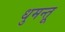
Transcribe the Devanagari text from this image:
धुमन्तू